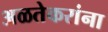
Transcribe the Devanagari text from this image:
अळतेकरांना